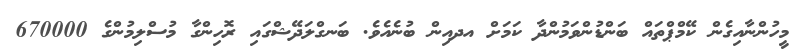
މީހުންނާއިގެން ކޭމްޕްތައް ބަންޑުންވަމުންދާ ކަމަށް އދއިން ބުނެއެވެ. ބަނގްލަދޭޝްގައި ރޮހިންގާ މުސްލިމުންގެ 670000